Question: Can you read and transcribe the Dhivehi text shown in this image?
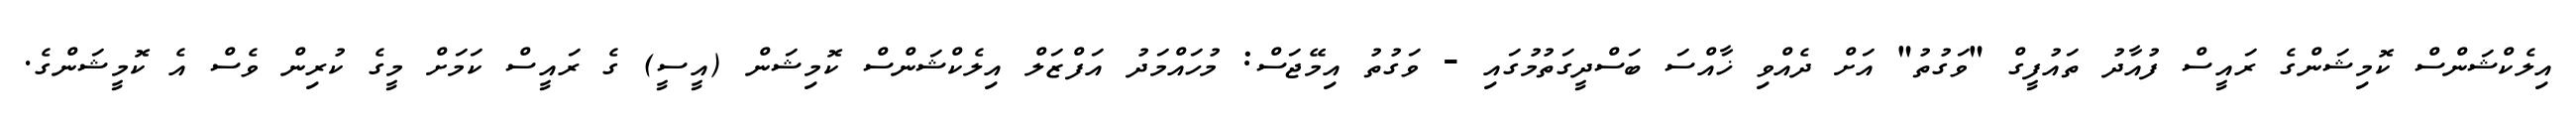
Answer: އިލެކްޝަންސް ކޮމިޝަންގެ ރައީސް ފުއާދު ތައުފީގް "ވަގުތު" އަށް ދެއްވި ޚާއްސަ ބަސްދީގަތުމުގައި - ވަގުތު އިމޭޖަސް: މުހައްމަދު އަފްޒަލް އިލެކްޝަންސް ކޮމިޝަން (އީސީ) ގެ ރައީސް ކަމަށް މީގެ ކުރިން ވެސް އެ ކޮމީޝަންގެ.